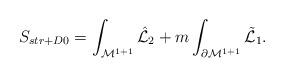
LaTeX: \begin{align*}S_{str+D0}= \int_{{\cal M}^{1+1}} {\hat{\cal L}}_2 + m \int_{\partial{\cal M}^{1+1}} {\tilde{\cal L}}_1.\end{align*}